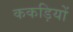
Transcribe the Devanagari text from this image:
ककड़ियों